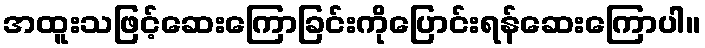
အထူးသဖြင့်ဆေးကြောခြင်းကိုပြောင်းရန်ဆေးကြောပါ။